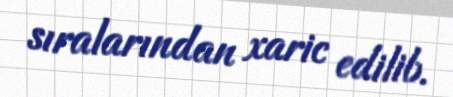
sıralarından xaric edilib.